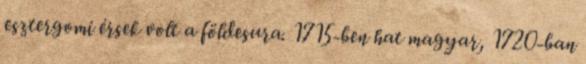
esztergomi érsek volt a földesura. 1715-ben hat magyar, 1720-ban